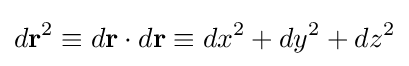
d\mathbf {r} ^{2}\equiv d\mathbf {r} \cdot d\mathbf {r} \equiv dx^{2}+dy^{2}+dz^{2}